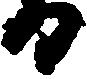
日